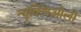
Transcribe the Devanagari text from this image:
न्यूक्लिओली